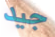
جيد